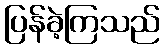
ပြန်ခဲ့ကြသည်